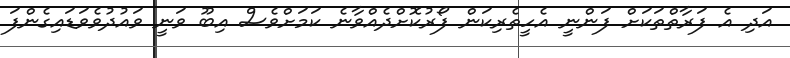
އަދި އެ ފަރާތްތަކަށް ފަންނީ އެހީތެރިކަން ފޯރުކޮށްދެއްވާނެ ކަމަށްވެސް އިބޫ ވަނީ ވައުދުވެވަޑައިގެންފަ